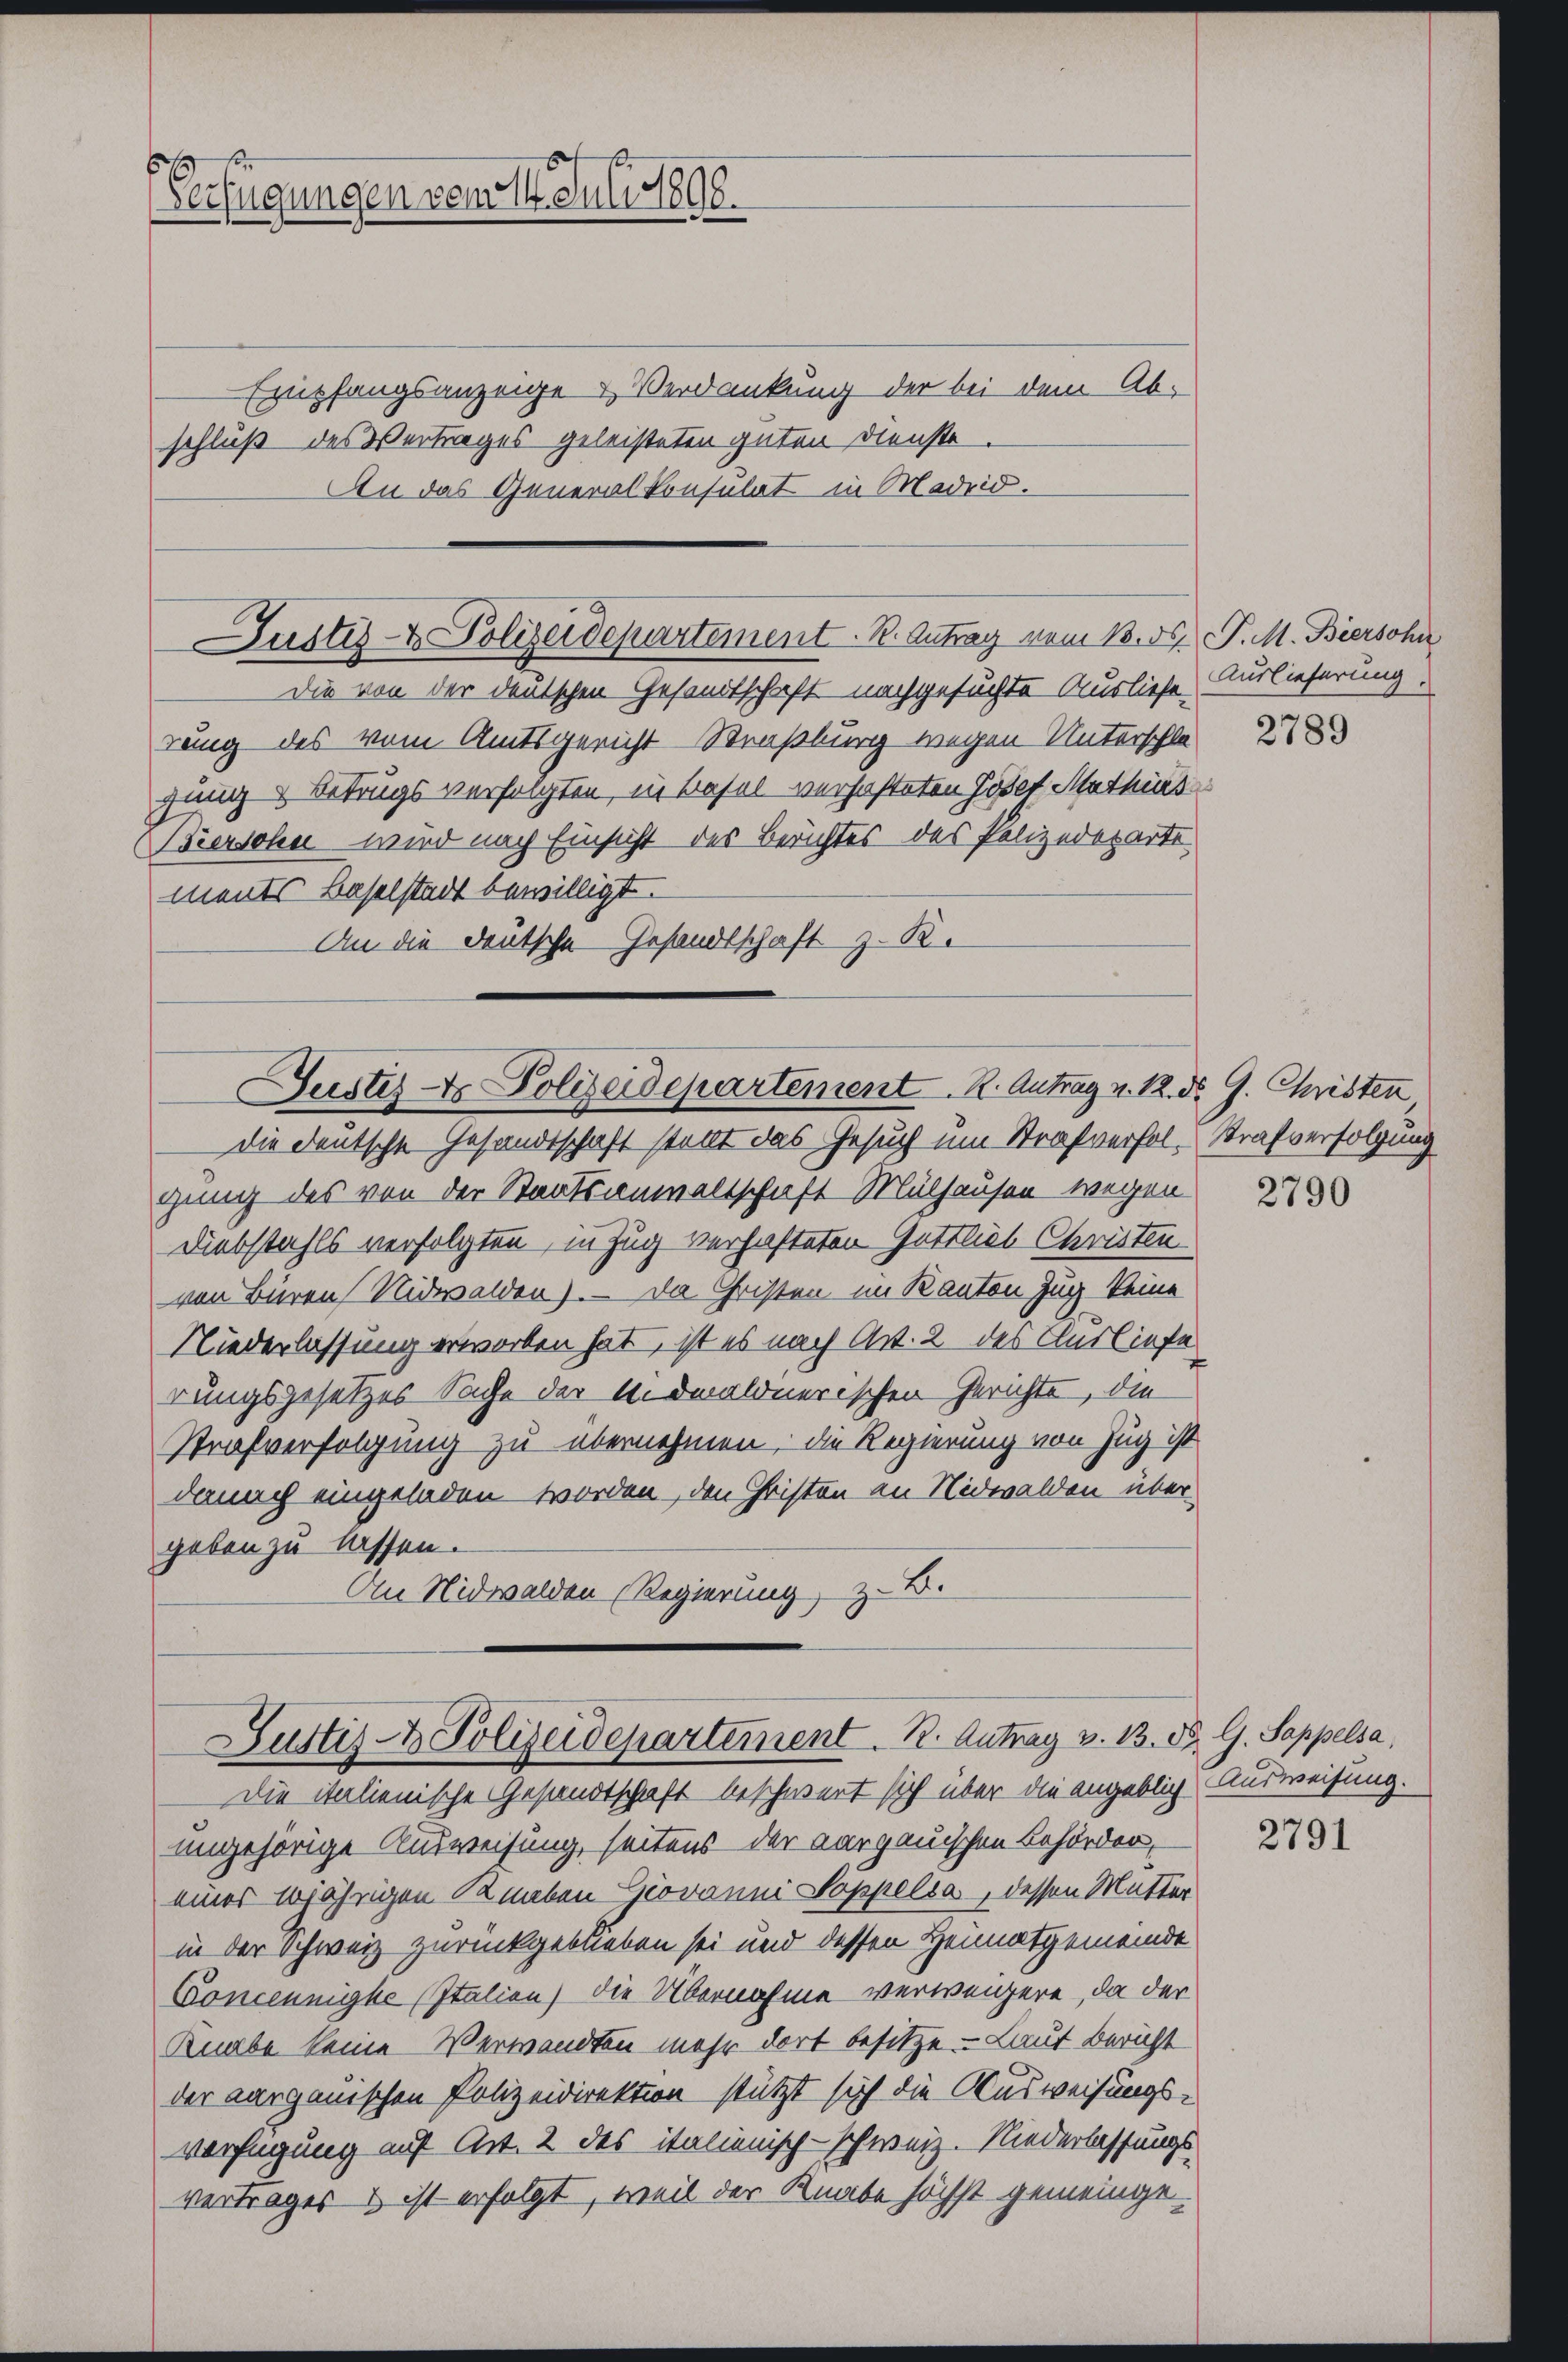
x
Verfügungen vom 14. Juli 1896.

Justiz- & Polizeidepartement. R. Antrag vom 13. ds.
Die von der deutschen Gesandtschaft nachgesuchte Ausliefe, Auslieferung.
rung des vom Amtsgericht Straßburg wegen Unterschla

Empfangsanzeige & Verdankung der bei dem Ab-
schluß des Vertrages geleisteten guten Dienste
An das Generalkonsulat in Madrid.

die deutsche Gesandtschaft stellt das Gesuch um Strafverfolgung des von der Staatsanwaltschaft Mülhausen wegen
Diebstahls verfolgten, in Zug verhafteten Gottlieb Christen
von Büren Nidwalden). — Da Christen im Kanton Zug keine
Niederlassung erwarten hat, ist es nach Art. 2 des Ausliefe
rungsgesetzes Sache der Widmaldnerischen Gerichte, die
Strafverfolgung zu übernehmen, die Regierung von Zug ist
danach eingeladen worden, den Christen an Nidwalden über
geben zu lassen.
An Nidwalden (Regierung, z. B.

Gustes & Polizeidepartement. K. Antrag v. 12. d. G. Christen

Justiz- & Polizeidepartement. B. Antrag v. 13.
Die italienische Gesandtschaft beschwert sich über die angeblich Ausweisung.

gung & Betrugs versagten, in Basel verhafteten Josef Mathias
Biersohn wird nach Einsicht des Berichtes des Polizeikarte
ments Baselstadt bewilligt.
An die deutsche Gesandtschaft z. R.

ungehörige Ausweisung, seitens der aargauischen Behörder,
eines 10jährigen Knaben Giovanni Doppelsa, dessen Mutter
in der Schweiz zurückgeblieben sei und dessen Heimatgemeinde
Concennigke (Italien) die Übernahme verweigere, da der
Knabe keine Verwandten mehr dort besitze. Laut Bericht
der aarganischen Polizeidirektion stützt sich die Ausweisungsverfügung auf Art. 2 des italienisch-schweiz. Niederlassungs-
vertrages & ist erfolgt, weil der Knabe höchst gemeinge¬

P. M. Biersohn

2789

Strafverfolgung

2790

D. G. Sappelsa,

2791